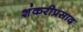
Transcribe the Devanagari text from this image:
शंकरीप्रसाद